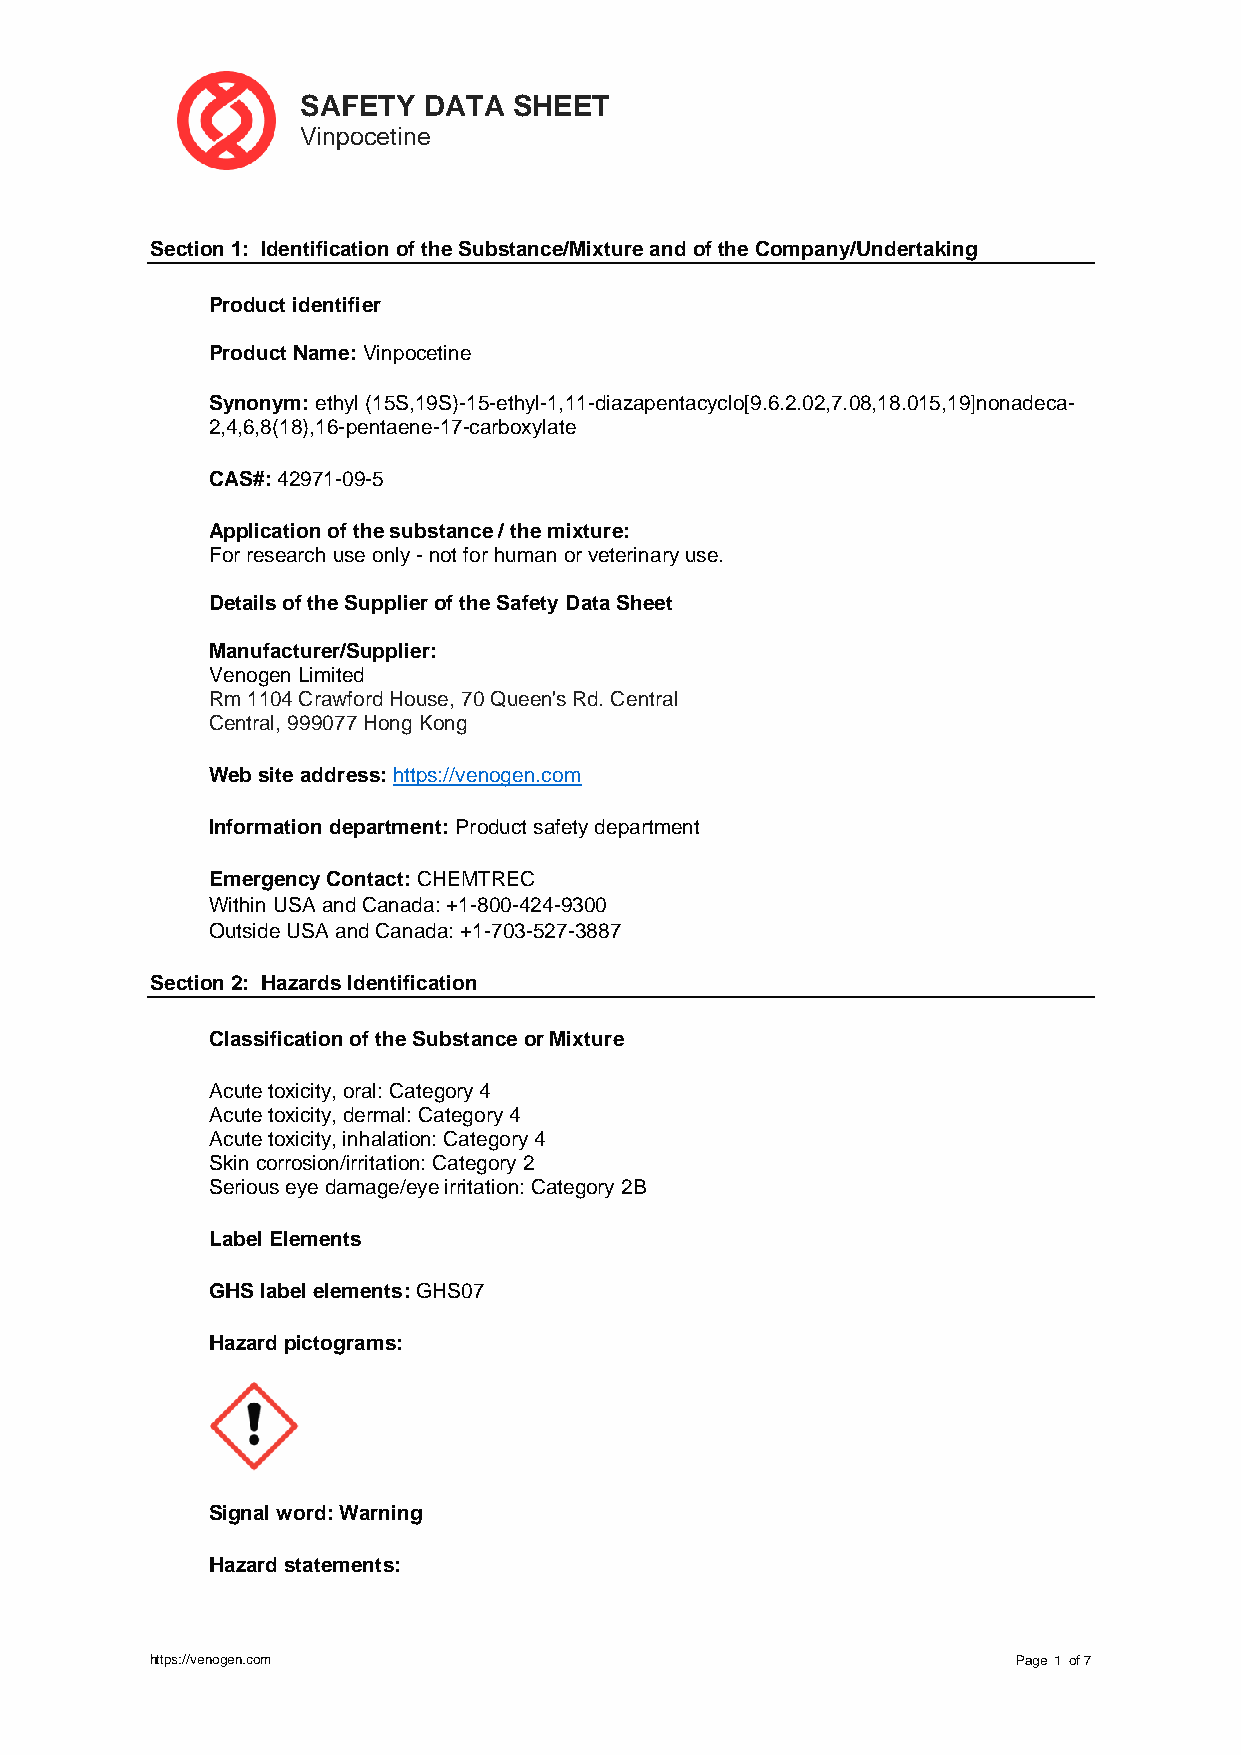
SAFETY  DATA  SHEET
 Vinpocetine
 Section 1: Identification of the Substance/Mixture and of the Company/Undertaking
 Product identifier
 Product Name: Vinpocetine
 Synonym: ethyl (15S,19S)-15-ethyl-1,11-diazapentacyclo[9.6.2.02,7.08,18.015,19]nonadeca-
 2,4,6,8(18),16-pentaene-17-carboxylate
 CAS#: 42971-09-5
 Application of the substance / the mixture:
 For research use only - not for human or veterinary use.
 Details of the Supplier of the Safety Data Sheet
 Manufacturer/Supplier:
 Venogen Limited
 Rm 1104 Crawford House, 70 Queen's Rd. Central
 Central, 999077 Hong Kong
 Web site address: https://venogen.com
 Information department: Product safety department
 Emergency Contact: CHEMTREC
 Within USA and Canada: +1-800-424-9300
 Outside USA and Canada: +1-703-527-3887
 Section 2: Hazards Identification
 Classification of the Substance or Mixture
 Acute toxicity, oral: Category 4
 Acute toxicity, dermal: Category 4
 Acute toxicity, inhalation: Category 4
 Skin corrosion/irritation: Category 2
 Serious eye damage/eye irritation: Category 2B
 Label Elements
 GHS label elements: GHS07
 Hazard pictograms:
 Signal word: Warning
 Hazard statements:
 https://venogen.com                                      Page １ of 7